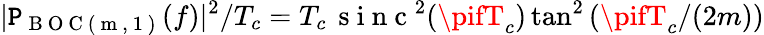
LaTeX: |\mathtt{P}_{\mathrm{{~B~O~C~(~m~,~1~)~}}}(f)|^{2}/T_{c}=T_{c}\, \mathrm{{~s~i~n~c~}}^{2}(\pifT_{c})\tan^{2}\left(\pifT_{c}/(2m)\right)